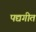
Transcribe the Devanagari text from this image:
पद्यगीत